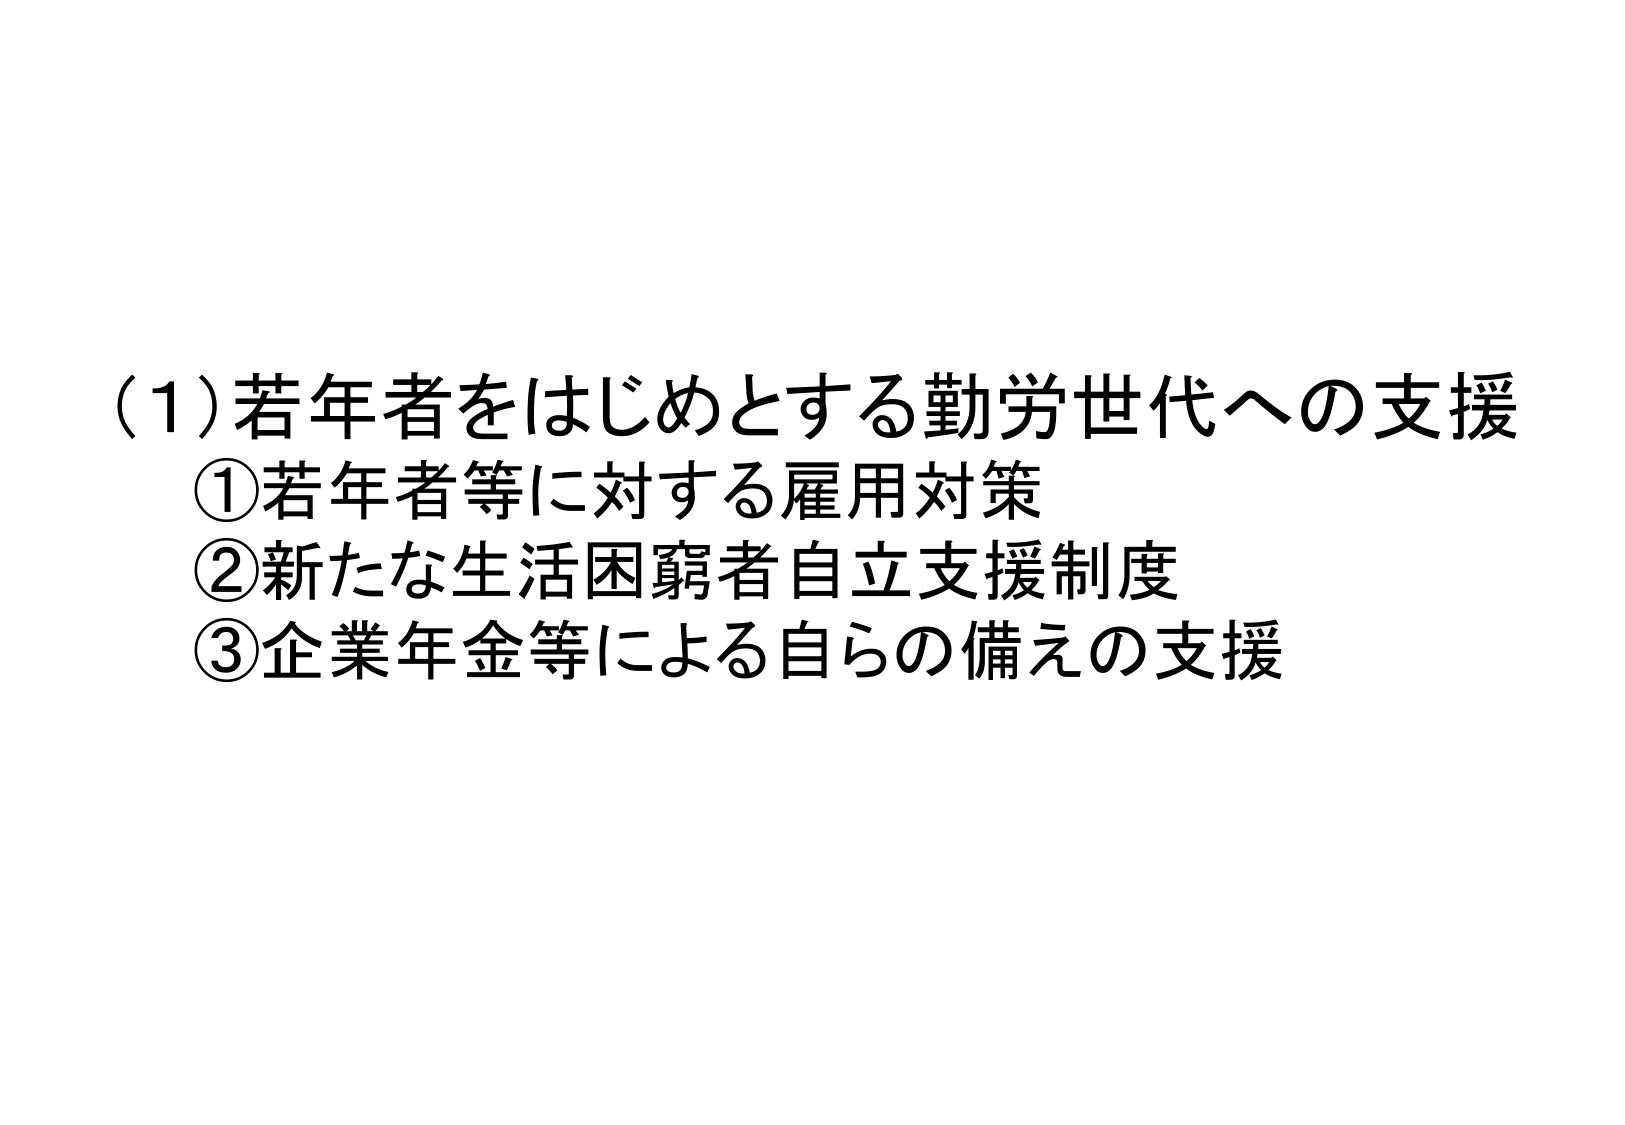
(1) 若年者をはじめとする勤労世代への支援
① 若年者等に対する雇用対策
② 新たな生活困窮者自立支援制度
③ 企業年金等による自らの備えの支援